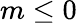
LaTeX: m\le 0